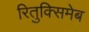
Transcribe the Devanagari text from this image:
रितुक्सिमेब